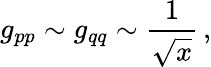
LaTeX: g_{pp}\sim g_{qq}\sim\frac{1}{\sqrt{x}}\, ,